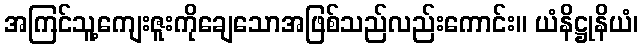
အကြင်သူ့ကျေးဇူးကိုချေသောအဖြစ်သည်လည်းကောင်း။ ယံနိဋ္ဌုနိယံ၊